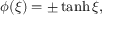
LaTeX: \phi ( \xi ) = \pm \operatorname { t a n h } \xi ,